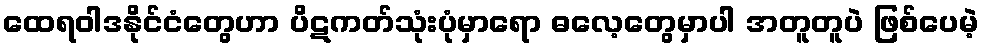
ထေရဝါဒနိုင်ငံတွေဟာ ပိဋကတ်သုံးပုံမှာရော ဓလေ့တွေမှာပါ အတူတူပဲ ဖြစ်ပေမဲ့